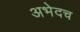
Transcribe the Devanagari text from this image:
अभेदच